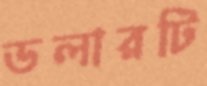
ডলারটি